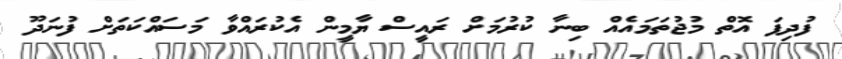
ފުދިފަ އޮތް މުޖުތަމައެއް ބިނާ ކުރުމަށް ރައީސް ޔާމީން އެކުރައްވާ މަސައްކަތަށް ފުނަދޫ